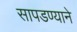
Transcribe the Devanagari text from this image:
सापडण्याने